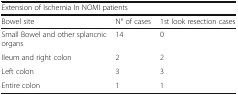
<table><thead><tr><td colspan="3"><b>Extension of Ischemia In NOMI patients</b></td></tr><tr><td><b>Bowel site</b></td><td><b>N° of cases</b></td><td><b>1st look resection cases</b></td></tr></thead><tbody><tr><td>Small Bowel and other splancnic organs</td><td>14</td><td>0</td></tr><tr><td>Ileum and right colon</td><td>2</td><td>2</td></tr><tr><td>Left colon</td><td>3</td><td>3</td></tr><tr><td>Entire colon</td><td>1</td><td>1</td></tr></tbody></table>